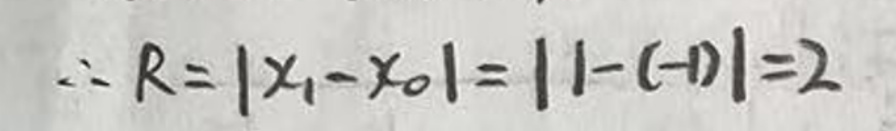
\therefore R = \vert x_1 - x_0 \vert = \vert 1 - (-1) \vert = 2